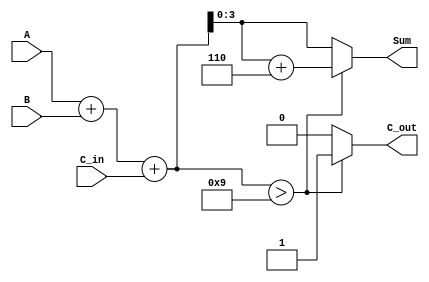
module BCD_Parallel_Adder (
    input  wire [3:0] A,       // BCD digit input A
    input  wire [3:0] B,       // BCD digit input B
    input  wire C_in,          // Carry input
    output reg  [3:0] Sum,     // BCD sum output
    output reg  C_out          // Carry output
);

    wire [4:0] S;              // 5-bit sum to accommodate carry
    wire [4:0] corrected_sum;  // Corrected sum if needed

    // Step 1: Perform binary addition
    assign S = A + B + C_in;

    // Step 2: Determine if correction is needed
    always @(*) begin
        if (S > 5'd9) begin
            // Correction needed, add 6 (0110)
            Sum = S + 5'd6;
            C_out = 1'b1; // Set carry out
        end else begin
            // No correction needed
            Sum = S[3:0]; // Take the lower 4 bits
            C_out = 1'b0; // No carry out
        end
    end

endmodule